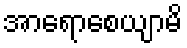
အာရောစေယျာမိ